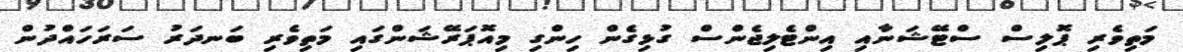
މަތިވެރި ޕޮލިސް ސްޓޭޝަނާއި އިންޓެލިޖެންސް ގުޅިގެން ހިންގި މިއޮޕަރޭޝަންގައި މަތިވެރި ބަނދަރު ސަރަހައްދުން